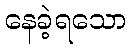
နေခဲ့ရသော